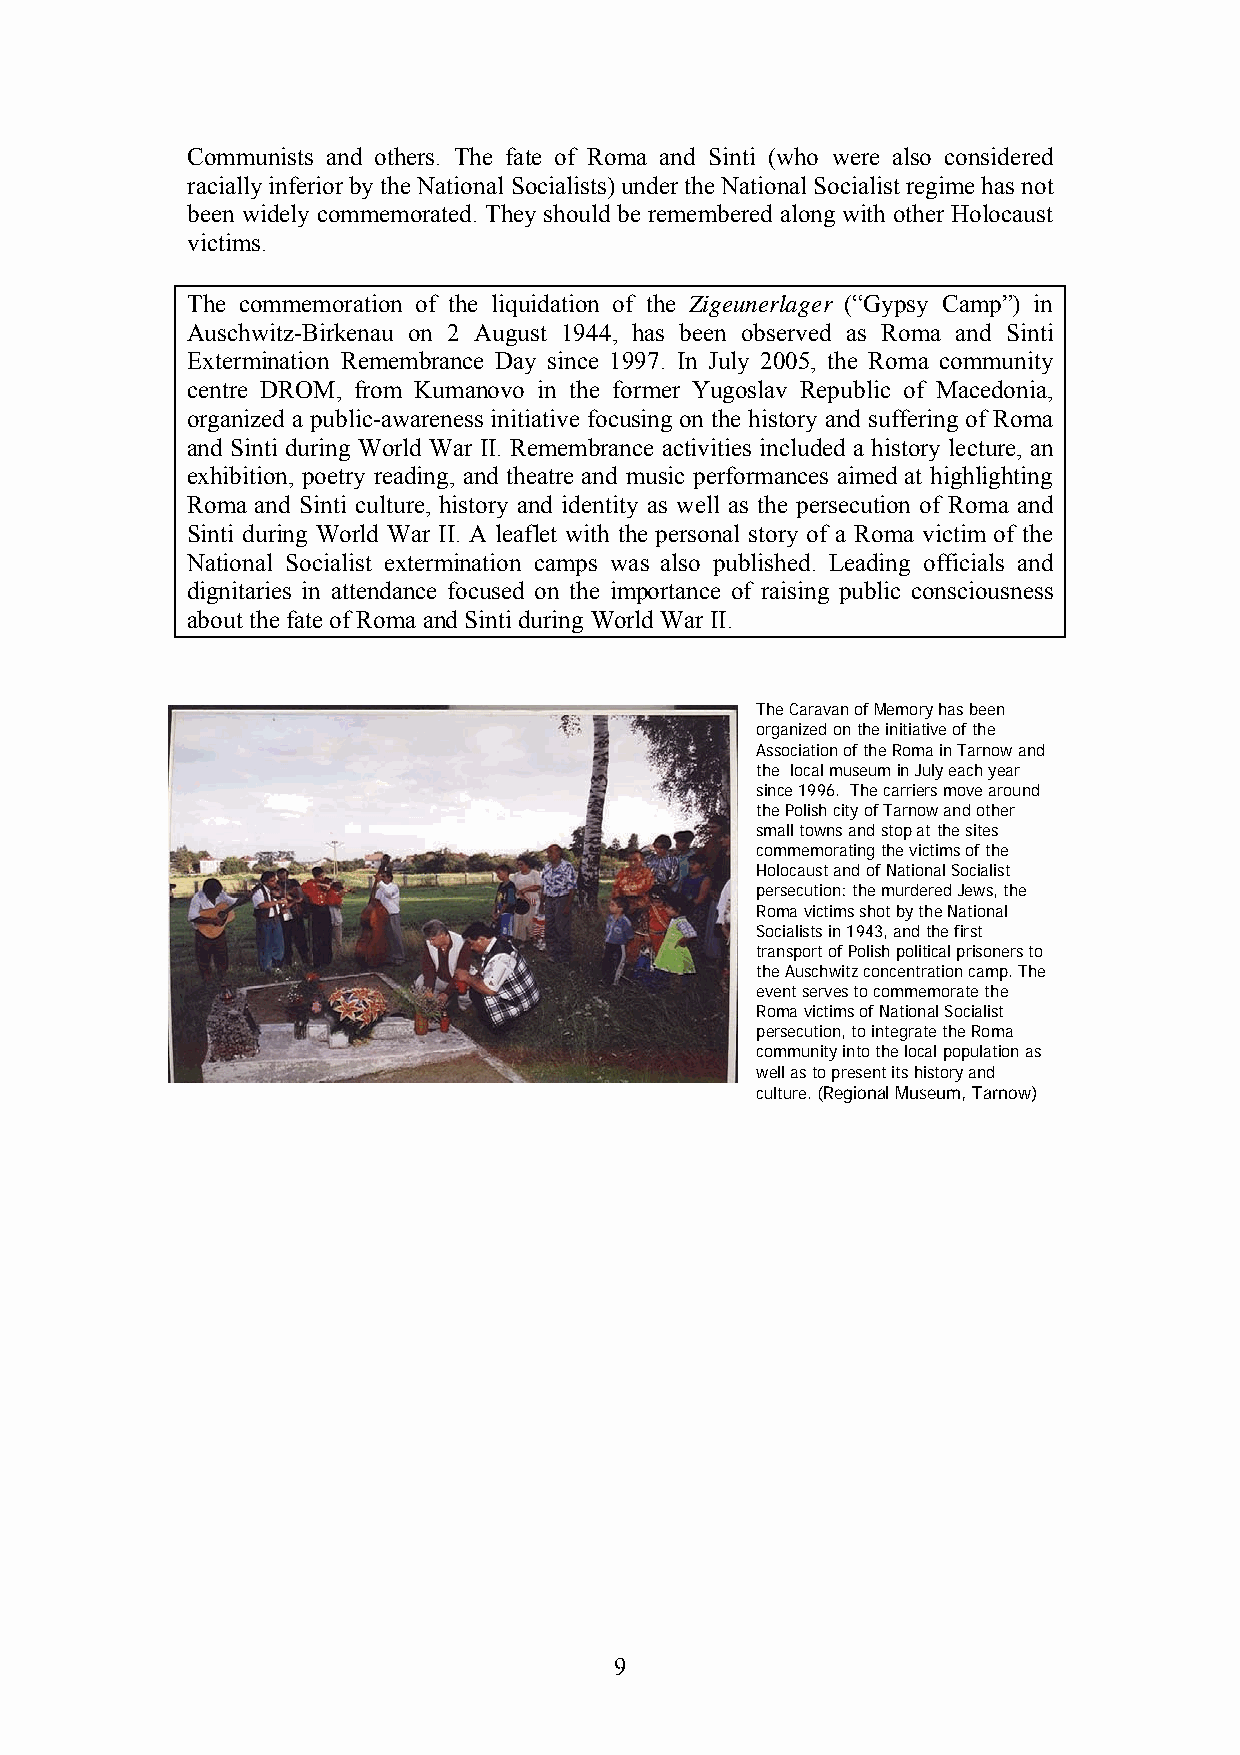
Communists and others. The fate of Roma and Sinti (who were also considered
 racially inferior by the National Socialists) under the National Socialist regime has not
 been widely commemorated. They should be remembered along with other Holocaust
 victims.
 The commemoration of the liquidation of the Zigeunerlager (“Gypsy Camp”) in
 Auschwitz-Birkenau on 2 August 1944, has been observed as Roma and Sinti
 Extermination Remembrance Day since 1997. In July 2005, the Roma community
 centre DROM, from Kumanovo in the former Yugoslav Republic of Macedonia,
 organized a public-awareness initiative focusing on the history and suffering of Roma
 and Sinti during World War II. Remembrance activities included a history lecture, an
 exhibition, poetry reading, and theatre and music performances aimed at highlighting
 Roma and Sinti culture, history and identity as well as the persecution of Roma and
 Sinti during World War II. A leaflet with the personal story of a Roma victim of the
 National Socialist extermination camps was also published. Leading officials and
 dignitaries in attendance focused on the importance of raising public consciousness
 about the fate of Roma and Sinti during World War II.
 The Caravan of Memory has been
 organized on the initiative of the
 Association of the Roma in Tarnow and
 the local museum in July each year
 since 1996. The carriers move around
 the Polish city of Tarnow and other
 small towns and stop at the sites
 commemorating the victims of the
 Holocaust and of National Socialist
 persecution: the murdered Jews, the
 Roma victims shot by the National
 Socialists in 1943, and the first
 transport of Polish political prisoners to
 the Auschwitz concentration camp. The
 event serves to commemorate the
 Roma victims of National Socialist
 persecution, to integrate the Roma
 community into the local population as
 well as to present its history and
 culture. (Regional Museum, Tarnow)
 9